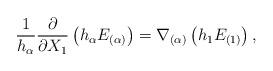
LaTeX: \begin{align*}\frac{1}{h_{\alpha}}\frac{\partial}{\partial X_{1}} \left(h_{\alpha} E_{(\alpha)} \right) = \nabla_{(\alpha)} \left(h_{1} E_{(1)}\right),\end{align*}